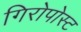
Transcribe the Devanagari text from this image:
गिरोपोस्ट